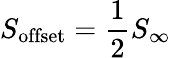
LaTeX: S_{\mathrm{offset}}=\frac{1}{2}S_{\infty}